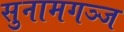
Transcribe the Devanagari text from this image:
सुनामगञ्ज